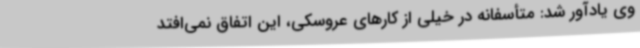
وی یادآور شد: متأسفانه در خیلی از کارهای عروسکی، این اتفاق نمی‌افتد